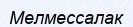
Мелмессалак